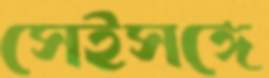
সেইসঙ্গে